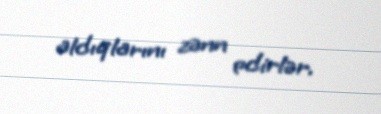
aldıqlarını zənn edirlər.